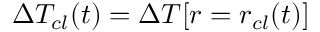
\Delta T _ { c l } ( t ) = \Delta T [ r = r _ { c l } ( t ) ]